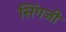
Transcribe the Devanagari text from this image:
सिंगजी